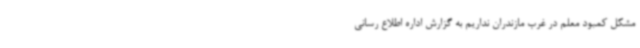
مشکل کمبود معلم در غرب مازندران نداریم به گزارش اداره اطلاع رسانی